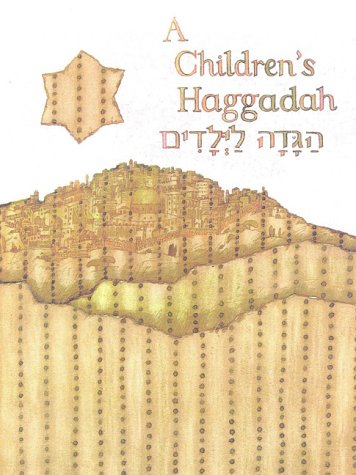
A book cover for A Children's Haggadah; Howard Bogot; Religion & Spirituality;